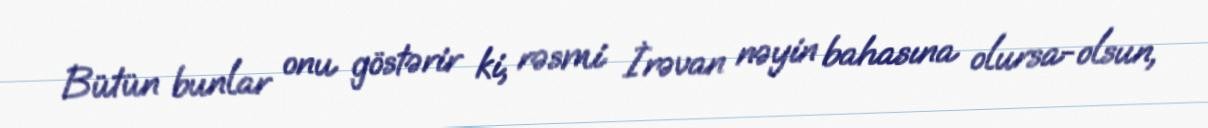
Bütün bunlar onu göstərir ki, rəsmi İrəvan nəyin bahasına olursa-olsun,